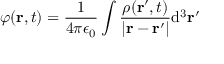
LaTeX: \varphi ( \mathbf { r } , t ) = { \frac { 1 } { 4 \pi \epsilon _ { 0 } } } \int { \frac { \rho ( \mathbf { r } ^ { \prime } , t ) } { | \mathbf { r } - \mathbf { r } ^ { \prime } | } } \mathrm { d } ^ { 3 } \mathbf { r } ^ { \prime }